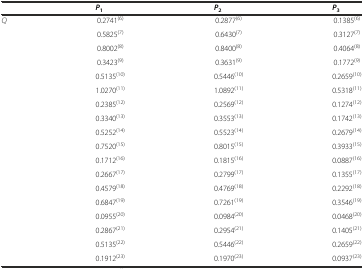
|  | P1 | P2 | P3 |
 | --- | --- | --- | --- |
 | Q | 0.2741(6) | 0.2877(6) | 0.1385(6) |
 |  | 0.5825(7) | 0.6430(7) | 0.3127(7) |
 |  | 0.8002(8) | 0.8400(8) | 0.4064(8) |
 |  | 0.3423(9) | 0.3631(9) | 0.1772(9) |
 |  | 0.5135(10) | 0.5446(10) | 0.2659(10) |
 |  | 1.0270(11) | 1.0892(11) | 0.5318(11) |
 |  | 0.2385(12) | 0.2569(12) | 0.1274(12) |
 |  | 0.3340(13) | 0.3553(13) | 0.1742(13) |
 |  | 0.5252(14) | 0.5523(14) | 0.2679(14) |
 |  | 0.7520(15) | 0.8015(15) | 0.3933(15) |
 |  | 0.1712(16) | 0.1815(16) | 0.0887(16) |
 |  | 0.2667(17) | 0.2799(17) | 0.1355(17) |
 |  | 0.4579(18) | 0.4769(18) | 0.2292(18) |
 |  | 0.6847(19) | 0.7261(19) | 0.3546(19) |
 |  | 0.0955(20) | 0.0984(20) | 0.0468(20) |
 |  | 0.2867(21) | 0.2954(21) | 0.1405(21) |
 |  | 0.5135(22) | 0.5446(22) | 0.2659(22) |
 |  | 0.1912(23) | 0.1970(23) | 0.0937(23) |